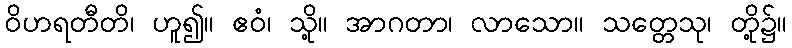
ဝိဟရတီတိ၊ ဟူ၍။ ဧဝံ၊ သို့။ အာဂတာ၊ လာသော။ သတ္တေသု၊ တို့၌။